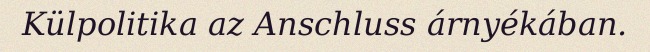
Külpolitika az Anschluss árnyékában.